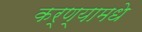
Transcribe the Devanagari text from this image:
कर्ण्यामधे